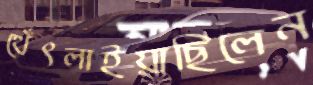
থেঁৎলাইয়াছিলেন